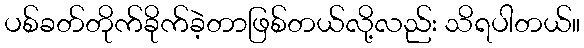
ပစ်ခတ်တိုက်ခိုက်ခဲ့တာဖြစ်တယ်လို့လည်း သိရပါတယ်။